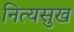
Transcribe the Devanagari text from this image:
नित्यसुख